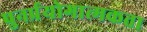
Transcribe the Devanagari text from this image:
पुनर्प्रयोगात्मकता